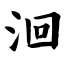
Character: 洄